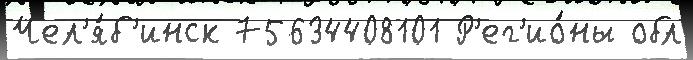
Чел'я́б'инск 75634408101 Р'ег'ио́ны обл